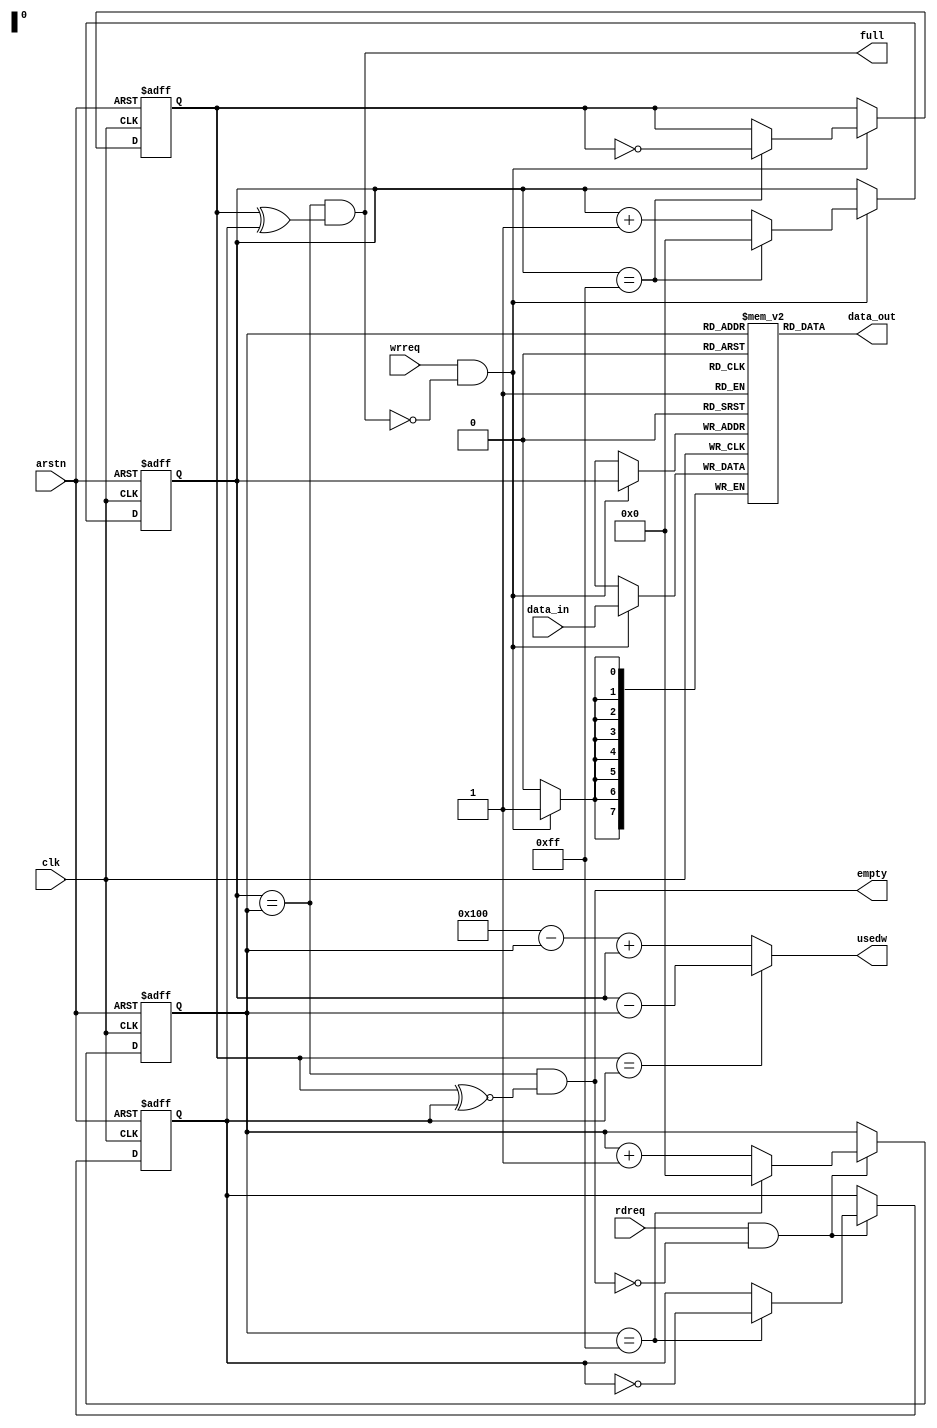

module SynFifo #
(
    parameter DATA_WIDTH = 8,
    parameter FIFO_DEPTH = 256
)
(clk,arstn,data_in,wrreq,rdreq,data_out,usedw,empty,full);

function integer clogb2 (input integer bit_depth);
begin
    for(clogb2=0;bit_depth>0;clogb2=clogb2+1)
        bit_depth=bit_depth>>1;
end
endfunction

localparam clog2_FIFO_DEPTH=clogb2(FIFO_DEPTH-1);

input clk;
input arstn;
input [DATA_WIDTH-1:0]data_in;
input wrreq;
input rdreq;
output [DATA_WIDTH-1:0]data_out;
output reg [clog2_FIFO_DEPTH:0]usedw;
output empty;
output full;

(* ram_style = "bram" *) reg [DATA_WIDTH-1:0]mem[FIFO_DEPTH-1:0];

reg [clog2_FIFO_DEPTH-1:0]w_pointer;
reg w_phase;
reg [clog2_FIFO_DEPTH-1:0]r_pointer;
reg r_phase;
wire wr_en;
wire rd_en;
assign wr_en = wrreq & (~full);
assign rd_en = rdreq & (~empty);

/* Write Data */
always@(posedge clk or negedge arstn)
    begin
        if(~arstn)
           begin
                w_phase <= 1'b0;
                w_pointer <= 0;
           end
        else
            begin
                if(wr_en)
                    begin
                        if(w_pointer == FIFO_DEPTH - 1'b1)
                            begin
                                w_pointer <= 'd0;
                                w_phase <= ~w_phase;
                            end
                        else
                            w_pointer<= w_pointer + 1'b1;
                    end
            end
    end

always@(posedge clk)
    begin
        if(wr_en)
            mem[w_pointer]<=data_in;
    end

/* read data */
always@(posedge clk or negedge arstn)
    begin
        if(~arstn)
            begin
                r_pointer <= 0;
                r_phase <= 1'b0;
            end
        else
            begin
                if(rd_en)
                    begin
                        if(r_pointer == FIFO_DEPTH - 1'b1)
                            begin
                                r_pointer <= 'd0;
                                r_phase <= ~r_phase;
                            end
                        else
                            r_pointer <= r_pointer + 1'b1;
                    end
            end
    end

assign data_out = mem[r_pointer];
wire empty=(w_pointer==r_pointer)&&(w_phase^~r_phase);
wire full=(w_pointer==r_pointer)&&(w_phase^r_phase);

always@(*)
    begin
        if(w_phase == r_phase)
            begin
                usedw = w_pointer - r_pointer;
            end
        else
            begin
                usedw = FIFO_DEPTH - r_pointer + w_pointer;
            end
    end
endmodule